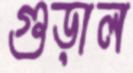
গুড়াল